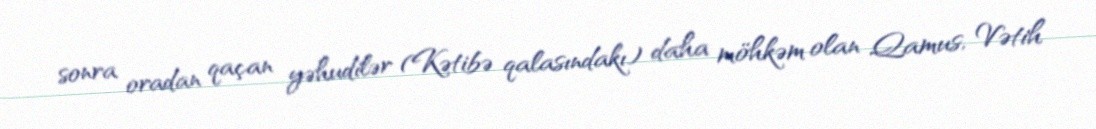
sonra oradan qaçan yəhudilər (Kətibə qalasındakı) daha möhkəm olan Qamus, Vətih